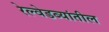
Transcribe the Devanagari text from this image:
रेल्वेडब्यांतील